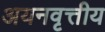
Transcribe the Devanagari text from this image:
अयनवृत्तीय